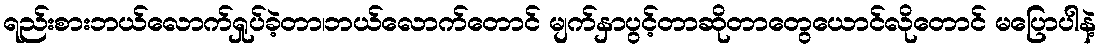
ရည်းစားဘယ်လောက်ရှုပ်ခဲ့တာ၊ဘယ်လောက်တောင် မျက်နှာပွင့်တာဆိုတာတွေယောင်လိုတောင် မပြောပါနဲ့